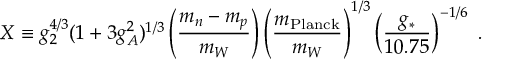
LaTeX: X \equiv g _ { 2 } ^ { 4 / 3 } ( 1 + 3 g _ { A } ^ { 2 } ) ^ { 1 / 3 } \left( { \frac { m _ { n } - m _ { p } } { m _ { W } } } \right) \left( { \frac { m _ { \mathrm { P l a n c k } } } { m _ { W } } } \right) ^ { 1 / 3 } \left( { \frac { g _ { * } } { 1 0 . 7 5 } } \right) ^ { - 1 / 6 } \ .